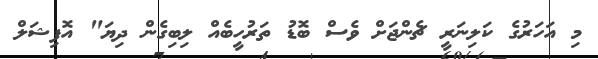
މި އަހަރުގެ ކަލިނަރީ ޗެންޖަށް ވެސް ބޮޑު ތަރުހީބެއް ލިބިގެން ދިޔަ" އޮފިޝަލް